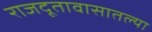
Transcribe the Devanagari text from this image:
राजदूतावासातल्या